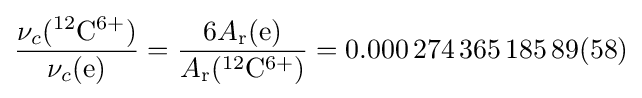
{\frac {\nu _{c}({}^{12}{\rm {C}}^{6+})}{\nu _{c}({\rm {e}})}}={\frac {6A_{\rm {r}}({\rm {e}})}{A_{\rm {r}}({}^{12}{\rm {C}}^{6+})}}=0.000\,274\,365\,185\,89(58)